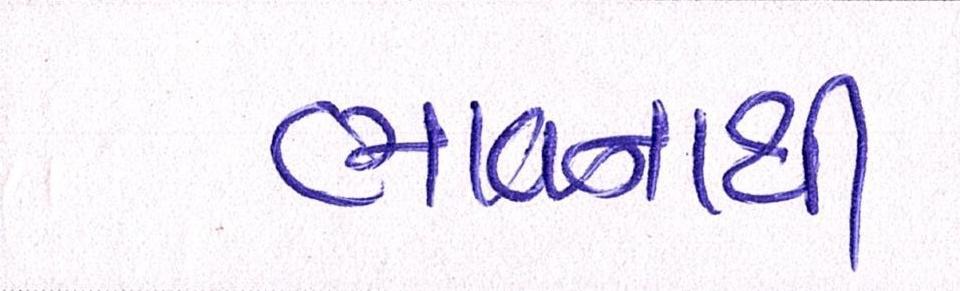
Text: ભાવનાથી